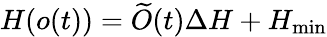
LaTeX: H(o(t))=\widetilde{O}(t)\Delta H+H_{\operatorname*{min}}